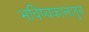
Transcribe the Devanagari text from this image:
भविष्यकालातुन